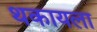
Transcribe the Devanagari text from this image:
थकायला